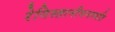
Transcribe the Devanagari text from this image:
रेगिस्तानीवनस्‍पति